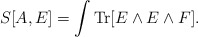
\begin{align*}S[A,E]=\int {\rm Tr}[E\wedge E\wedge F].\end{align*}